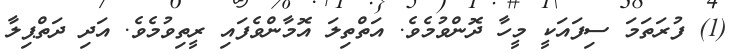
(1) ފުރަތަމަ ސިފައަކީ މީހާ ދޮންވުމެވެ. އަތްތިލަ އޮމާންވެފައި ރީތިވުމެވެ. އަދި ދަތްޕިލާ